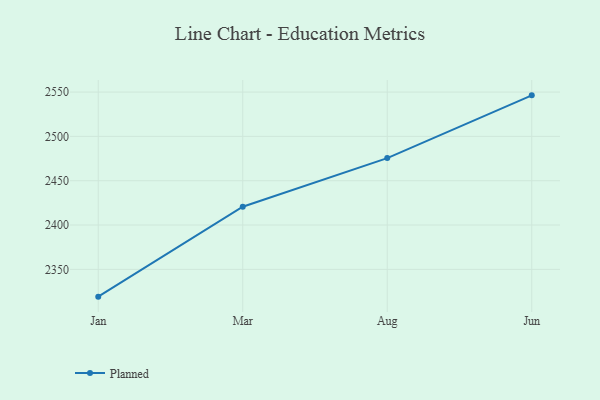
{"axis": {"x": "Month", "y": "LTV (USD)"}, "legend": ["Planned"], "data": [{"x": "Jan", "y": 2319.2, "type": "Planned"}, {"x": "Mar", "y": 2420.6, "type": "Planned"}, {"x": "Aug", "y": 2475.5, "type": "Planned"}, {"x": "Jun", "y": 2546.3, "type": "Planned"}]}